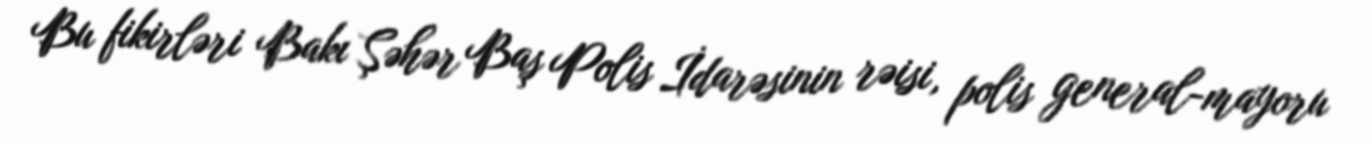
Bu fikirləri Bakı Şəhər Baş Polis İdarəsinin rəisi, polis general-mayoru